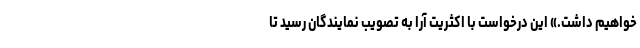
خواهیم داشت.» این درخواست با اکثریت آرا به تصویب نمایندگان رسید تا